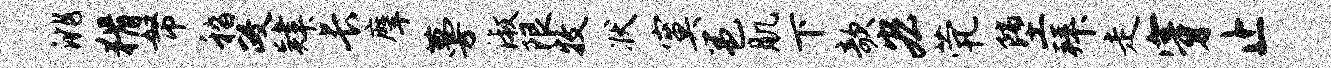
洮猾帑嵇政肄长摩蔓淑限牧状寞邕肌下欹宏茕堕拜走穿止